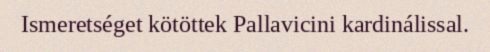
Ismeretséget kötöttek Pallavicini kardinálissal.